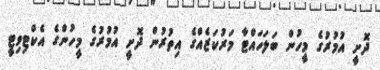
ދޮށީ އުމުރުގެ މީހުން ބަލަހައްޓާ މަރުކަޒެއްގެ އިތުރުން ދޮށީ އުމުރުގެ މީހުންގެ އެކްޓިވިޓީ